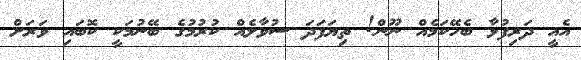
އެއީ ދަރިފުޅާ ބެހޭކަމެއް ނޫން! ތިޔަފަދަ ސުވާލެއް ކުރުމުގެ ބޭނުމަކީ ކޮބައި ވަރަށް